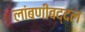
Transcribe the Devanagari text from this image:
लांबणीबद्दल